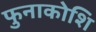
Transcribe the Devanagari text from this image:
फुनाकोशि